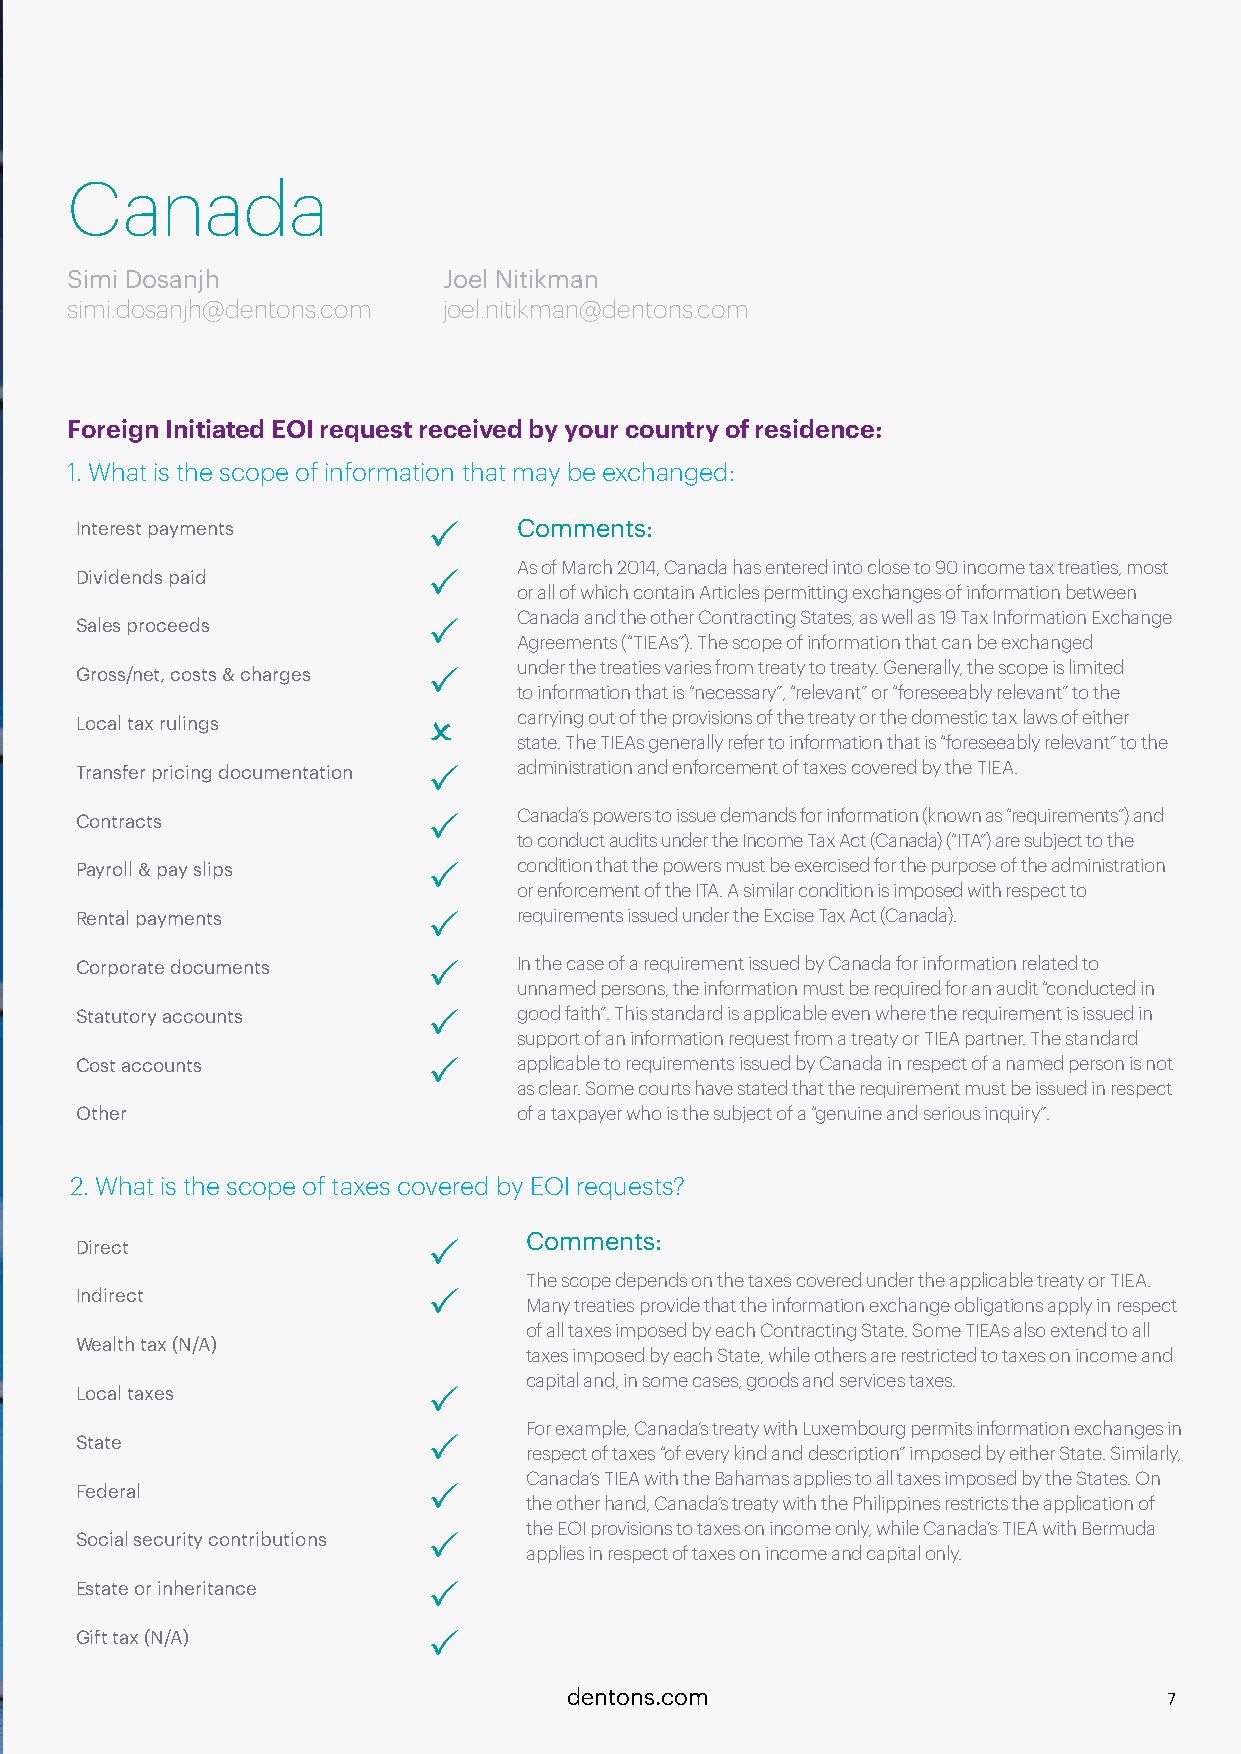
Canada
 Simi Dosanjh             Joel Nitikman
 simi.dosanjh@dentons.com joel.nitikman@dentons.com
 Foreign Initiated EOI request received by your country of residence:
 1. What is the scope of information that may be exchanged:
 Interest payments      P     Comments:
 As of March 2014, Canada has entered into close to 90 income tax treaties, most
 Dividends paid         P
 or all of which contain Articles permitting exchanges of information between
 Canada and the other Contracting States, as well as 19 Tax Information Exchange
 Sales proceeds         P
 Agreements (“TIEAs”). The scope of information that can be exchanged
 Gross/net, costs & charges P under the treaties varies from treaty to treaty. Generally, the scope is limited
 to information that is “necessary”, “relevant” or “foreseeably relevant” to the
 Local tax rulings      O     carrying out of the provisions of the treaty or the domestic tax laws of either
 state. The TIEAs generally refer to information that is “foreseeably relevant” to the
 Transfer pricing documentation P administration and enforcement of taxes covered by the TIEA.
 Contracts              P     Canada’s powers to issue demands for information (known as “requirements”) and
 to conduct audits under the Income Tax Act (Canada) (“ITA”) are subject to the
 Payroll & pay slips    P     condition that the powers must be exercised for the purpose of the administration
 or enforcement of the ITA. A similar condition is imposed with respect to
 Rental payments        P     requirements issued under the Excise Tax Act (Canada).
 Corporate documents    P     In the case of a requirement issued by Canada for information related to
 unnamed persons, the information must be required for an audit “conducted in
 Statutory accounts     P     good faith”. This standard is applicable even where the requirement is issued in
 support of an information request from a treaty or TIEA partner. The standard
 Cost accounts          P     applicable to requirements issued by Canada in respect of a named person is not
 as clear. Some courts have stated that the requirement must be issued in respect
 Other                        of a taxpayer who is the subject of a “genuine and serious inquiry”.
 2. What is the scope of taxes covered by EOI requests?
 Comments:
 Direct                 P
 The scope depends on the taxes covered under the applicable treaty or TIEA.
 Indirect               P
 Many treaties provide that the information exchange obligations apply in respect
 of all taxes imposed by each Contracting State. Some TIEAs also extend to all
 Wealth tax (N/A)
 taxes imposed by each State, while others are restricted to taxes on income and
 capital and, in some cases, goods and services taxes.
 Local taxes            P
 For example, Canada’s treaty with Luxembourg permits information exchanges in
 State                  P
 respect of taxes “of every kind and description” imposed by either State. Similarly,
 Canada’s TIEA with the Bahamas applies to all taxes imposed by the States. On
 Federal                P
 the other hand, Canada’s treaty with the Philippines restricts the application of
 the EOI provisions to taxes on income only, while Canada’s TIEA with Bermuda
 Social security contributions P
 applies in respect of taxes on income and capital only.
 Estate or inheritance  P
 Gift tax (N/A)         P
 dentons.com                            7